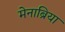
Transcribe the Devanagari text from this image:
मेनाब्रिया